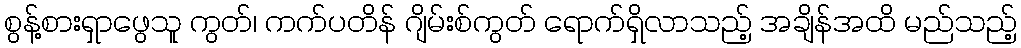
စွန့်စားရှာဖွေသူ ကွတ်၊ ကက်ပတိန် ဂျိမ်းစ်ကွတ် ရောက်ရှိလာသည့် အချိန်အထိ မည်သည့်